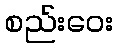
စည်းဝေး